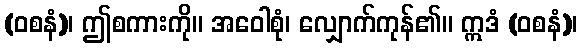
(ဝစနံ)၊ ဤစကားကို။ အဝေါစုံ၊ လျှောက်ကုန်၏။ ဣဒံ (ဝစနံ)၊